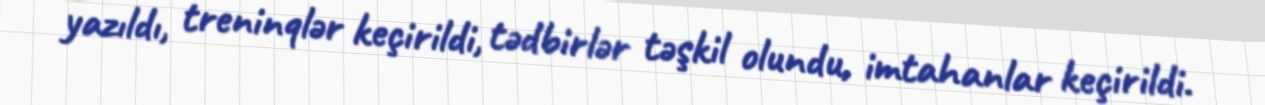
yazıldı, treninqlər keçirildi, tədbirlər təşkil olundu, imtahanlar keçirildi.